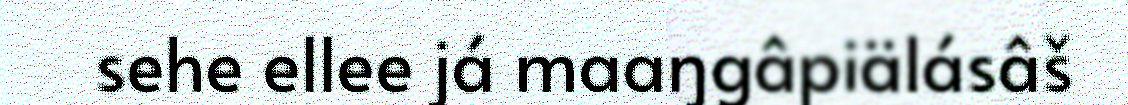
sehe ellee já maaŋgâpiälásâš